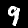
Label: 9